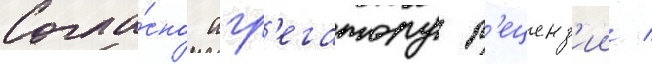
Согла́сно агр'егатору р'еценз'ии /